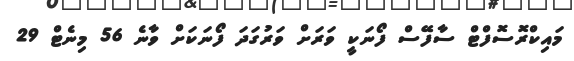
މައިކްރޮސޮފްޓް ސާފޭސް ފޯނަކީ ވަރަށް ވަރުގަދަ ފޯނަކަށް ވާނެ 56 މިނެޓް 29